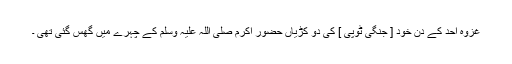
غزوہ احد کے دن خود [ جنگی ٹوپی ] کی دو کڑیاں حضور اکرم صلی اللہ علیہ وسلم کے چہرے میں گھس گئی تھی ۔